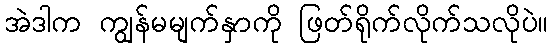
အဲဒါက ကျွန်မမျက်နှာကို ဖြတ်ရိုက်လိုက်သလိုပဲ။